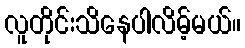
လူတိုင်းသိနေပါလိမ့်မယ်။